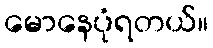
မောနေပုံရတယ်။